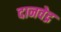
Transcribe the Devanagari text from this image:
दानवेद्र